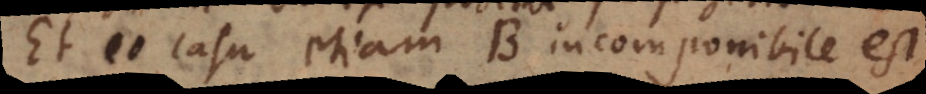
Et eo casu etiam B incomponibile est